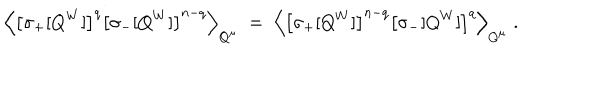
LaTeX: \left\langle \left[ \sigma _ { + } [ Q ^ { W } ] \right] ^ { q } \left[ \sigma _ { - } [ Q ^ { W } ] \right] ^ { n - q } \right\rangle _ { Q ^ { \mu } } \; = \; \left\langle \left[ \sigma _ { + } [ Q ^ { W } ] \right] ^ { n - q } \left[ \sigma _ { - } [ Q ^ { W } ] \right] ^ { q } \right\rangle _ { Q ^ { \mu } } \; .